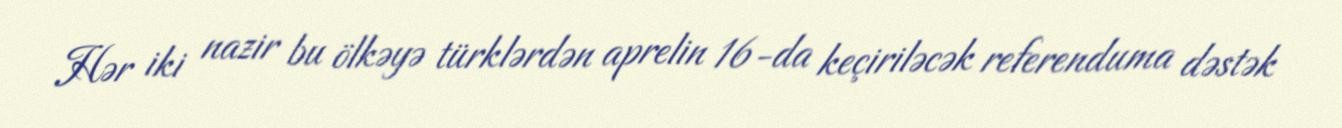
Hər iki nazir bu ölkəyə türklərdən aprelin 16-da keçiriləcək referenduma dəstək